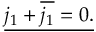
\underline { { j _ { 1 } + { \overline { { j _ { 1 } } } } = 0 . } }